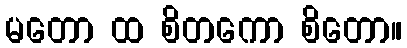
မတော ထ စိတကော စိတော။